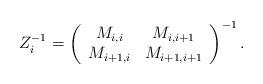
LaTeX: \begin{align*}Z_{i}^{-1} =\left(\begin{array}{cc}M_{i,i} & M_{i,i+1}\\M_{i+1,i} & M_{i+1,i+1}\end{array}\right)^{-1}.\end{align*}